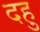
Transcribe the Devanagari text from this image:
दहु